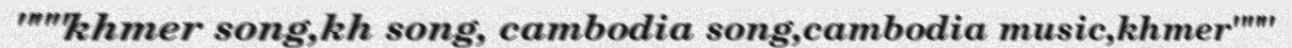
"""khmer song,kh song, cambodia song,cambodia music,khmer"""